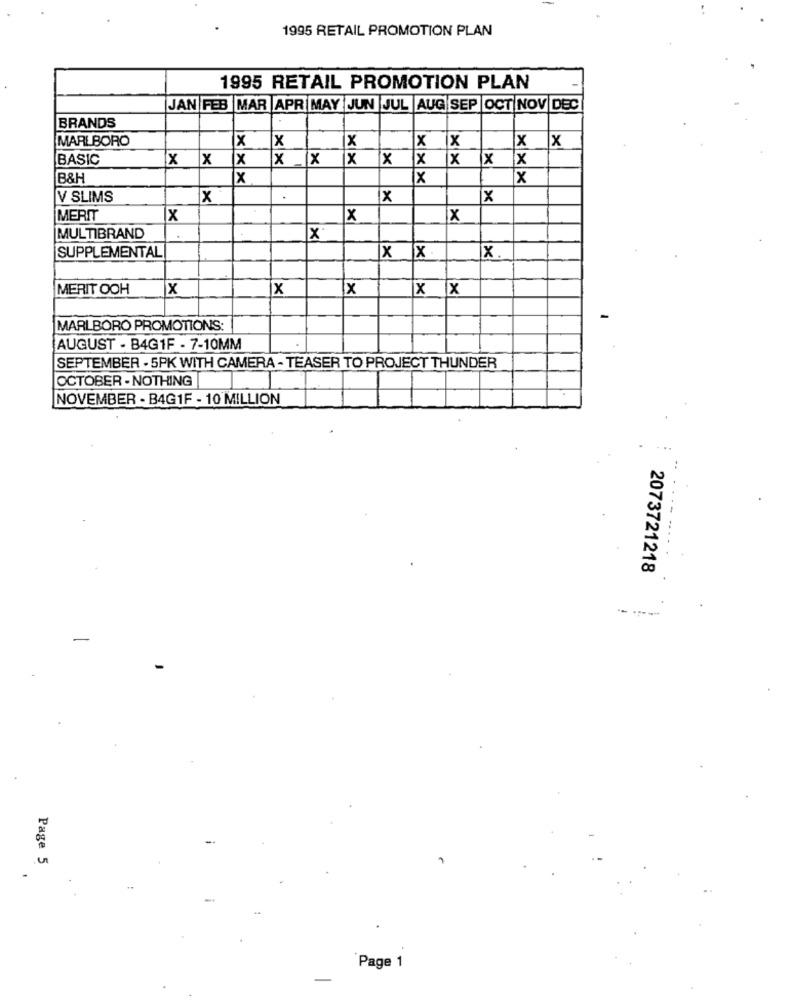
1995 RETAIL PROMOTION PLAN
1995 RETAIL PROMOTION PLAN
JAN FEB MAR APR MAY JUN JUL AUG SEP OCT NOV DEC
BRANDS
MARLBORO
X X
X
X
x X
BASIC
X X X
X X X
x
X X X
B&H
x
x
V SLIMS
x
x
x
MERIT
X
X
X
MULTIBRAND
x
SUPPLEMENTAL
X X
X
MERIT OOH
x
x
x
X X
MARLBORO PROMOTIONS:
AUGUST - B4G1F - 7-10MM
SEPTEMBER - 5PK WITH CAMERA - TEASER TO PROJECT THUNDER
OCTOBER - NOTHING
NOVEMBER - B4G1F - 10 MILLION
2073721218
Page 5
Page 1